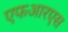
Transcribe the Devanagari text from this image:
एफआरएस